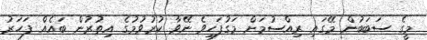
މީގެ ސަބަބުން މޭގައި ރިއްސުމަށް މަގުފަހިވެ ނޭވާ ކުރުވުމުގެ އިތުރުން ބައެއް ފަހަރު